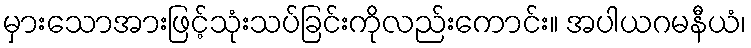
မှားသောအားဖြင့်သုံးသပ်ခြင်းကိုလည်းကောင်း။ အပါယဂမနီယံ၊